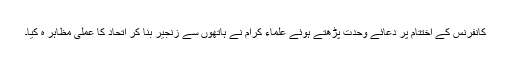
کانفرنس کے اختتام پر دعائے وحدت پڑھتے ہوئے علماء کرام نے ہاتھوں سے زنجیر بنا کر اتحاد کا عملی مظاہر ہ کیا۔